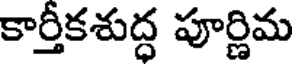
కార్తీకశుద్ధ పూర్ణిమ